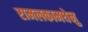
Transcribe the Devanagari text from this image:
रामलकामधेनु